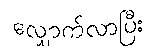
လျှောက်လာပြီး